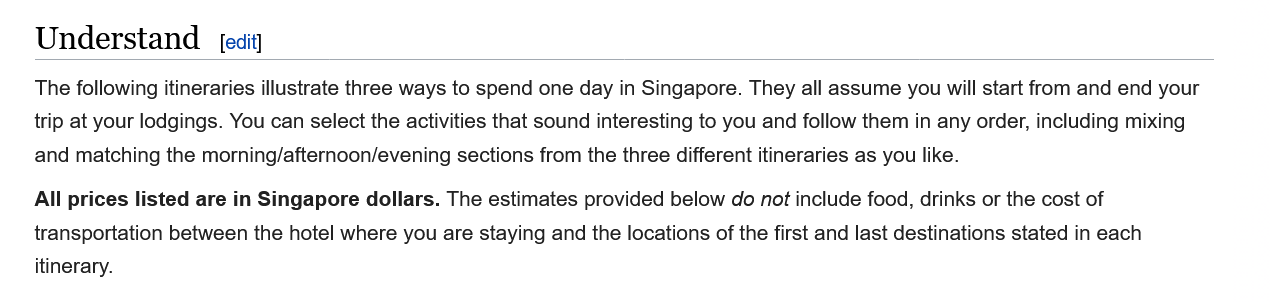
Understand    [edit]
    The following itineraries illustrate three ways to spend one day in Singapore. They all assume you will start from and end your
    trip at your lodgings. You can select the activities that sound interesting to you and follow them in any order, including mixing
    and matching the morning/afternoon/evening sections from the three different itineraries as you like.
    All prices listed are in Singapore dollars. The estimates provided below do not include food, drinks or the cost of
    transportation between the hotel where you are staying and the locations of the first and last destinations stated in each
    itinerary.